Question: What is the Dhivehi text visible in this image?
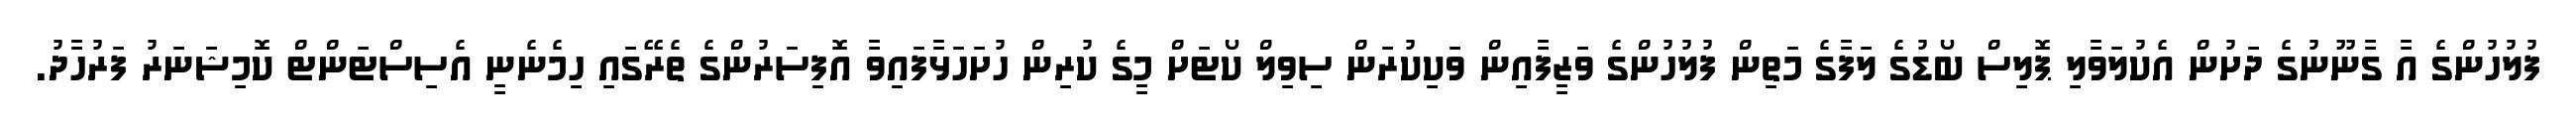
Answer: ފުލުހުންގެ އާ ގާނޫނުގެ ދަށުން އެކުލަވާލި ޕޮލިސް ބޯޑުގެ ލަފާގެ މަތިން ފުލުހުންގެ ވަޒީފާއިން ވަކިކުރަން ސިވިލް ކޯޓަށް މީގެ ކުރިން ހުށަހަޅާފައިވާ އޮފިސަރުންގެ ތެރޭގައި ހިމެނެނީ އެސިސްޓަންޓް ކޮމިޝަނަރު ފަރުހާދު.